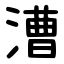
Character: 漕